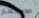
سراحهم